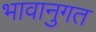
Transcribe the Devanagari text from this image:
भावानुगत